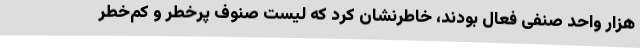
هزار واحد صنفی فعال بودند، خاطرنشان کرد که لیست صنوف پرخطر و کم‌خطر